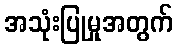
အသုံးပြုမှုအတွက်